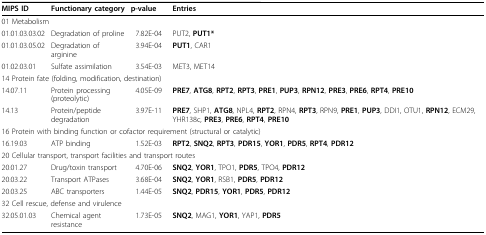
| MIPS ID | Functionary category | p-value | Entries |
 | --- | --- | --- | --- |
 | <COLSPAN=4> 01 Metabolism |
 | 01.01.03.03.02 | Degradation of proline | 7.82E-04 | PUT2, PUT1* |
 | 01.01.03.05.02 | Degradation of arginine | 3.94E-04 | PUT1, CAR1 |
 | 01.02.03.01 | Sulfate assimilation | 3.54E-03 | MET3, MET14 |
 | <COLSPAN=4> 14 Protein fate (folding, modification, destination) |
 | 14.07.11 | Protein processing (proteolytic) | 4.05E-09 | PRE7, ATG8, RPT2, RPT3, PRE1, PUP3, RPN12, PRE3, PRE6, RPT4, PRE10 |
 | 14.13 | Protein/peptide degradation | 3.97E-11 | PRE7, SHP1, ATG8, NPL4, RPT2, RPN4, RPT3, RPN9, PRE1, PUP3, DDI1, OTU1, RPN12, ECM29, YHR138c, PRE3, PRE6, RPT4, PRE10 |
 | <COLSPAN=4> 16 Protein with binding function or cofactor requirement (structural or catalytic) |
 | 16.19.03 | ATP binding | 1.52E-03 | RPT2, SNQ2, RPT3, PDR15, YOR1, PDR5, RPT4, PDR12 |
 | <COLSPAN=4> 20 Cellular transport, transport facilities and transport routes |
 | 20.01.27 | Drug/toxin transport | 4.70E-06 | SNQ2, YOR1, TPO1, PDR5, TPO4, PDR12 |
 | 20.03.22 | Transport ATPases | 3.68E-04 | SNQ2, YOR1, RSB1, PDR5, PDR12 |
 | 20.03.25 | ABC transporters | 1.44E-05 | SNQ2, PDR15, YOR1, PDR5, PDR12 |
 | <COLSPAN=4> 32 Cell rescue, defense and virulence |
 | 32.05.01.03 | Chemical agent resistance | 1.73E-05 | SNQ2, MAG1, YOR1, YAP1, PDR5 |